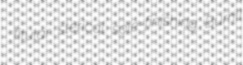
titular sterical sole-finishing Burrill